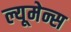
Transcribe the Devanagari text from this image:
ल्यूमेन्स